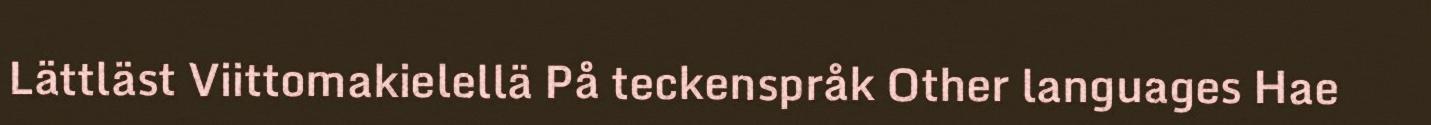
Lättläst Viittomakielellä På teckenspråk Other languages Hae